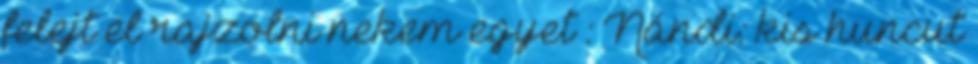
felejt el rajzolni nekem egyet : Nándi: kis huncut